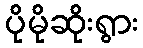
ပိုမိုဆိုးရွား